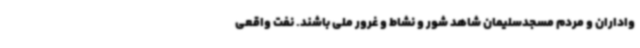
واداران و مردم مسجدسلیمان شاهد شور و نشاط و غرور ملی باشند. نفت واقعی